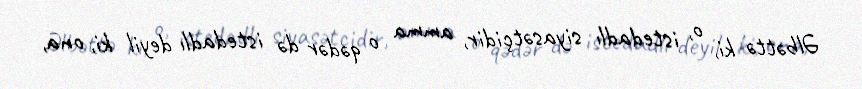
Əlbəttə ki, o, istedadlı siyasətçidir, amma o qədər də istedadlı deyil ki, ona,